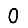
Digit: 0